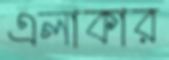
এলাকার